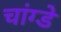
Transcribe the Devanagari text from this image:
चांग्डे